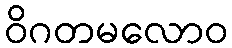
ဝိဂတမလောဝ